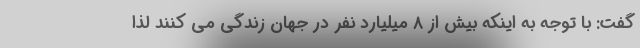
گفت: با توجه به اینکه بیش از 8 میلیارد نفر در جهان زندگی می کنند لذا